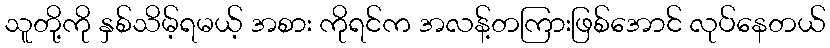
သူတို့ကို နှစ်သိမ့်ရမယ့် အစား ကိုရင်က အလန့်တကြားဖြစ်အောင် လုပ်နေတယ်